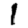
Digit: 1